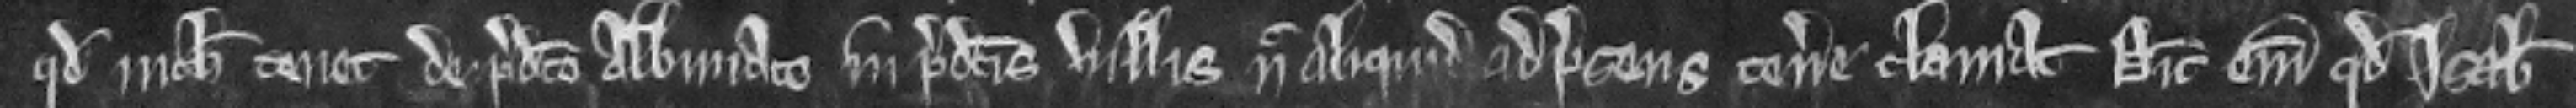
quod nichil tenet de predicto Albiniaco in predictis villis nec aliquid ad presens tenere clamat Dicit enim quod Isabella